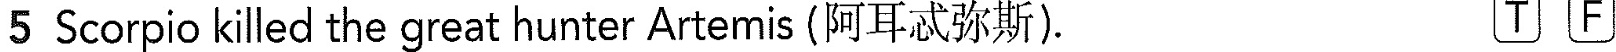
5 Scorpio killed the great hunter Artemis (阿耳忒弥斯). T E